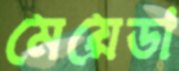
মেয়েডা